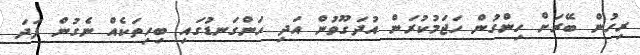
ރިހުން ބޭރަށް ހިންގުން ހަޖަމުކުރަން އުދަގޫވުން އަދި ހަންގަނޑުގައި ބިހިތަކެއް ނެގުން ފަދަ